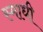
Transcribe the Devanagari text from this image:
स्माधी